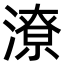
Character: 潦